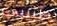
طبيبي